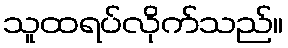
သူထရပ်လိုက်သည်။